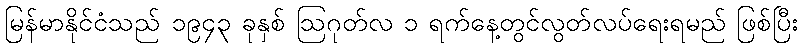
မြန်မာနိုင်ငံသည် ၁၉၄၃ ခုနှစ် ဩဂုတ်လ ၁ ရက်နေ့တွင်လွတ်လပ်ရေးရမည် ဖြစ်ပြီး